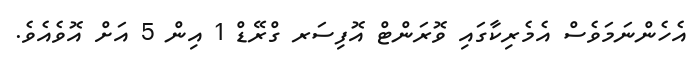
އެހެންނަމަވެސް އެމެރިކާގައި ވޮރަންޓް އޮފިސަރ ގްރޭޑް 1 އިން 5 އަށް އޮވެއެވެ.